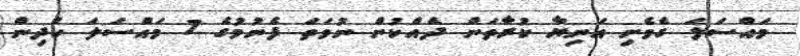
މައްސަލަ ގެވެށި އަނިޔާ ކުރާތަން ދެއްކުން ނުވަތަ ފެނުމުގެ 7 މައްސަލަ ކުދިން